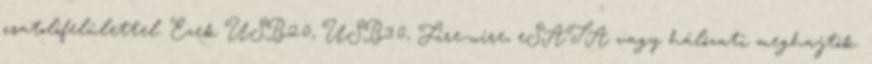
csatolófelülettel. Ezek USB2.0, USB3.0, Fire-wire, eSATA vagy hálózati meghajtók.